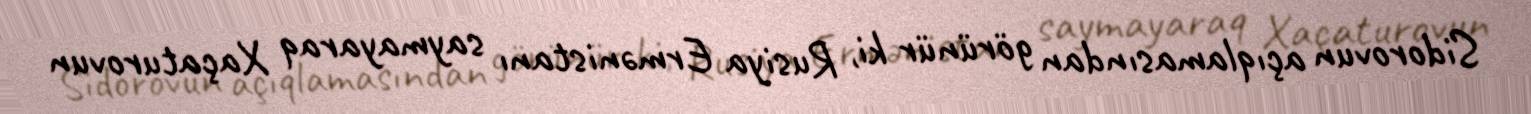
Sidorovun açıqlamasından görünür ki, Rusiya Ermənistanı saymayaraq Xaçaturovun